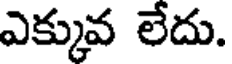
ఎక్కువ లేదు.